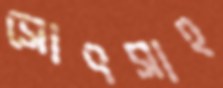
সোৎসাহ